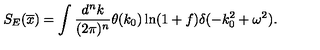
S _ { E } ( \overline { x } ) = \int \frac { d ^ { n } k } { ( 2 \pi ) ^ { n } } \theta ( k _ { 0 } ) \ln ( 1 + f ) \delta ( - k _ { 0 } ^ { 2 } + \omega ^ { 2 } ) .